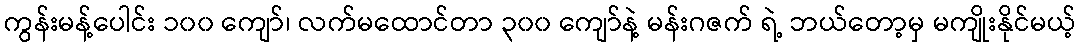
ကွန်းမန့်ပေါင်း ၁၀၀ ကျော်၊ လက်မထောင်တာ ၃၀၀ ကျော်နဲ့ မန်းဂဇက် ရဲ့ ဘယ်တော့မှ မကျိုးနိုင်မယ့်